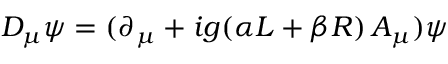
D _ { \mu } \psi = ( \partial _ { \mu } + i g ( \alpha L + \beta R ) \, A _ { \mu } ) \psi